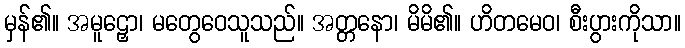
မှန်၏။ အမူဠှော၊ မတွေဝေသူသည်။ အတ္တနော၊ မိမိ၏။ ဟိတမေဝ၊ စီးပွားကိုသာ။